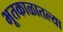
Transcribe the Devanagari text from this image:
भूतकाळातल्या